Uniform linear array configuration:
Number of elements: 64
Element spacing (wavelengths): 0.75
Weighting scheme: cosine
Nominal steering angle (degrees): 0
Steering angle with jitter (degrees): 1.244
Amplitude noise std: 0.05
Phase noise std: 0.05

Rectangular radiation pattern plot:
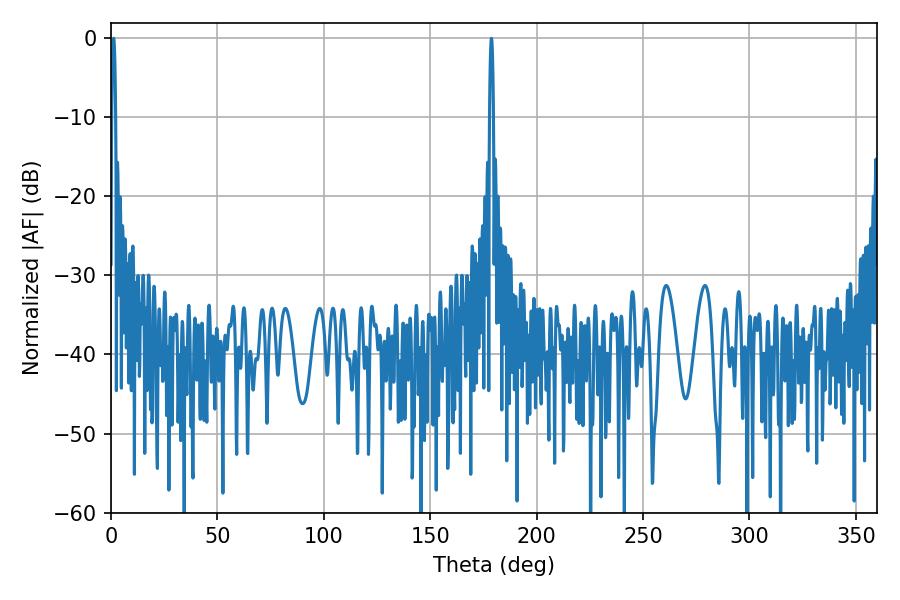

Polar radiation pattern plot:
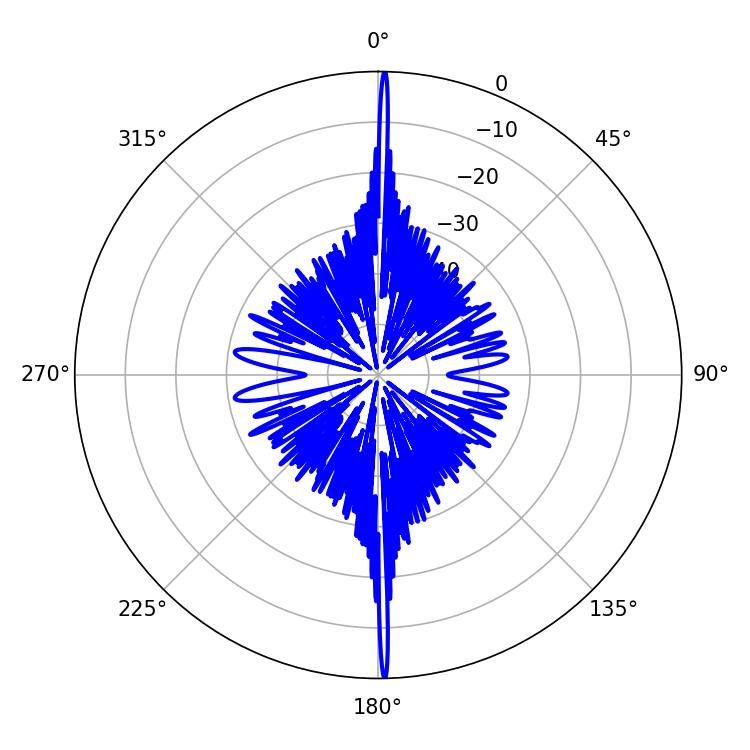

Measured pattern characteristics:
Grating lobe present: TRUE
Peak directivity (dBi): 33.694
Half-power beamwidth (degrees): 0.9
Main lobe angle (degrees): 1.26